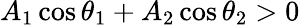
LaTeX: A_{1}\cos\theta_{1}+A_{2}\cos\theta_{2}>0